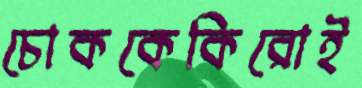
চোককেকিরোই